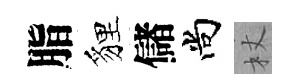
脂貍儲尚杖